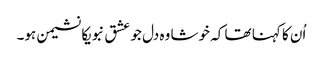
اُن کا کہنا تھا کہ خوشا وہ دل جو عشق نبویکا نشیمن ہو۔